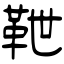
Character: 靾